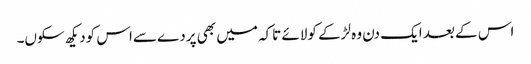
اس کے بعد ایک دن وہ لڑکے کولائے تاکہ میں بھی پردے سےاس کودیکھ سکوں۔